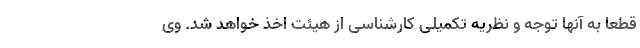
قطعاً به آنها توجه و نظریه تکمیلی کارشناسی از هیئت اخذ خواهد شد. وی